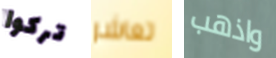
تركوا تعاشر واذهب